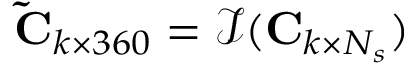
\mathbf { \tilde { C } } _ { k \times 3 6 0 } = \mathcal { I } ( \mathbf { C } _ { k \times N _ { s } } )